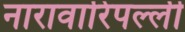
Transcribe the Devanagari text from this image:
नारावारिपल्ली